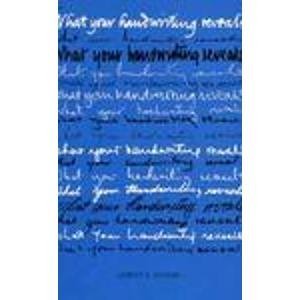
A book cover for What Your Handwriting Reveals; Albert E. Hughes; Self-Help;